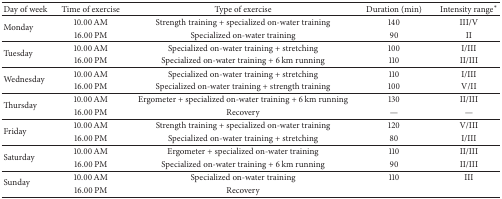
<table><thead><tr><td><b>Day of week</b></td><td><b>Time of exercise</b></td><td><b>Type of exercise</b></td><td><b>Duration (min)</b></td><td><b>Intensity range*</b></td></tr></thead><tbody><tr><td rowspan="2">Monday</td><td>10.00 AM</td><td>Strength training + specialized on-water training</td><td>140</td><td>III/V</td></tr><tr><td>16.00 PM</td><td>Specialized on-water training</td><td>90</td><td>II</td></tr><tr><td rowspan="2">Tuesday</td><td>10.00 AM</td><td>Specialized on-water training + stretching</td><td>100</td><td>I/III</td></tr><tr><td>16.00 PM</td><td>Specialized on-water training + 6 km running</td><td>110</td><td>II/III</td></tr><tr><td rowspan="2">Wednesday</td><td>10.00 AM</td><td>Specialized on-water training + stretching</td><td>110</td><td>I/III</td></tr><tr><td>16.00 PM</td><td>Specialized on-water training + strength training</td><td>100</td><td>V/II</td></tr><tr><td rowspan="2">Thursday</td><td>10.00 AM</td><td>Ergometer + specialized on-water training + 6 km running</td><td>130</td><td>II/III</td></tr><tr><td>16.00 PM</td><td>Recovery</td><td>—</td><td>—</td></tr><tr><td rowspan="2">Friday</td><td>10.00 AM</td><td>Strength training + specialized on-water training</td><td>120</td><td>V/III</td></tr><tr><td>16.00 PM</td><td>Specialized on-water training + stretching</td><td>80</td><td>I/III</td></tr><tr><td rowspan="2">Saturday</td><td>10.00 AM</td><td>Ergometer + specialized on-water training</td><td>110</td><td>II/III</td></tr><tr><td>16.00 PM</td><td>Specialized on-water training + 6 km running</td><td>90</td><td>II/III</td></tr><tr><td rowspan="2">Sunday</td><td>10.00 AM</td><td>Specialized on-water training</td><td>110</td><td>III</td></tr><tr><td>16.00 PM</td><td>Recovery</td><td> </td><td> </td></tr></tbody></table>